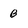
Character: B